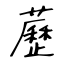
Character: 藶